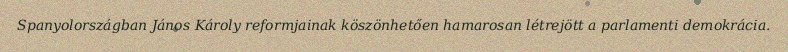
Spanyolországban János Károly reformjainak köszönhetően hamarosan létrejött a parlamenti demokrácia.